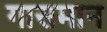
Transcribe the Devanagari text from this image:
गासमान